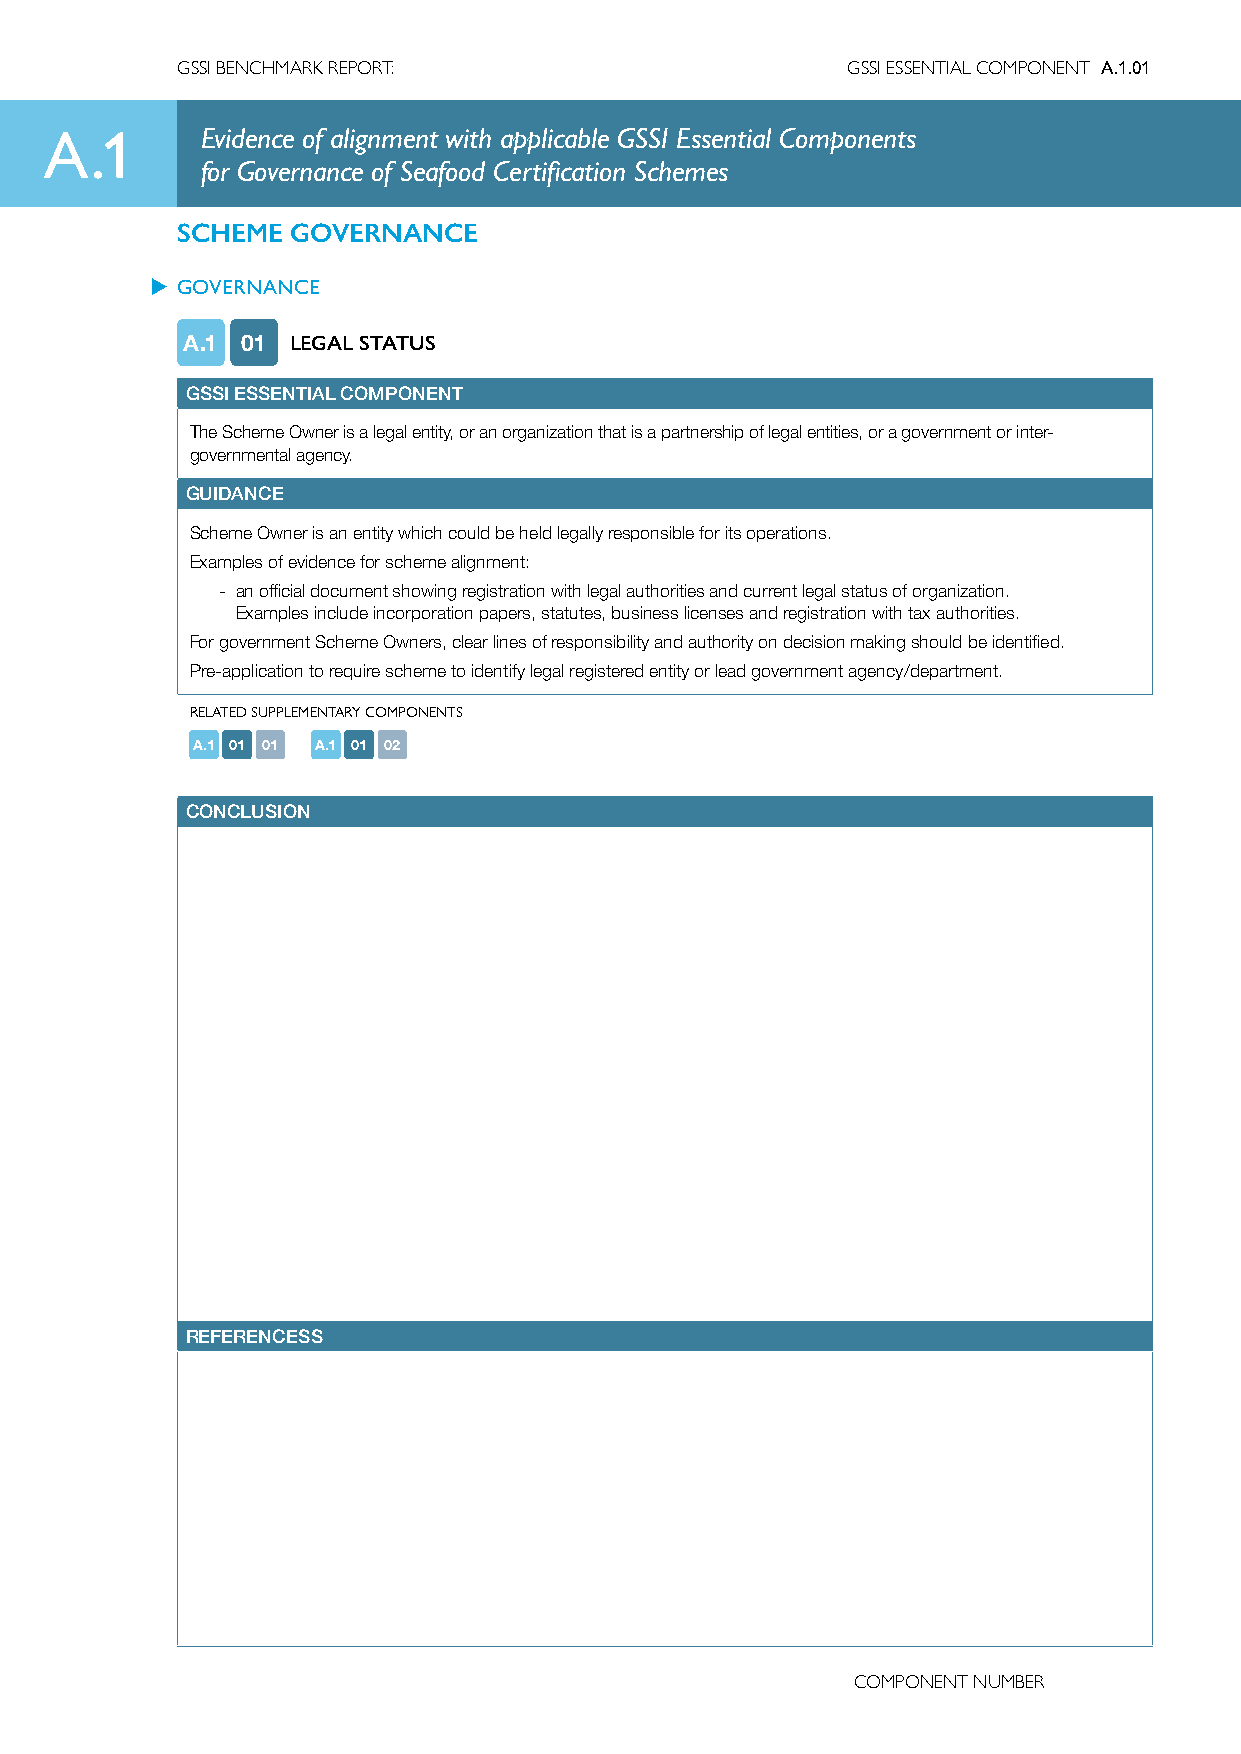
GSSI BENCHMARK REPORT:                      GSSI ESSENTIAL COMPONENT A.1.01
 A.1       Evidence of alignment with applicable GSSI Essential Components
 for Governance of Seafood Certification Schemes
 SCHEME GOVERNANCE
 u GOVERNANCE
 A.1 01 LEGAL STATUS
 GSSI ESSENTIAL COMPONENT
 The Scheme Owner is a legal entity, or an organization that is a partnership of legal entities, or a government or inter-
 governmental agency.
 GUIDANCE
 Scheme Owner is an entity which could be held legally responsible for its operations.
 Examples of evidence for scheme alignment:
 - an official document showing registration with legal authorities and current legal status of organization.
 Examples include incorporation papers, statutes, business licenses and registration with tax authorities.
 For government Scheme Owners, clear lines of responsibility and authority on decision making should be identified.
 Pre-application to require scheme to identify legal registered entity or lead government agency/department.
 RELATED SUPPLEMENTARY COMPONENTS
 A.1 01 01 A.1 01 02
 CONCLUSION
 REFERENCESS
 COMPONENT NUMBER